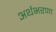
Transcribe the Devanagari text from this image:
अर्थभरणा